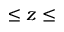
\leq z \leq